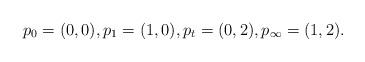
LaTeX: \begin{align*}p_0=(0,0),p_1=(1,0),p_t=(0,2),p_\infty=(1,2).\end{align*}